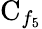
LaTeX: \mathrm{C}_{f_{5}}